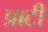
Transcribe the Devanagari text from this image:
प्राटी